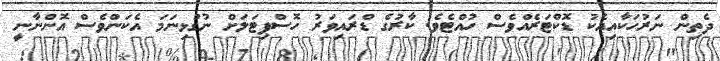
ދެތިން ނަރުހަކާއިއެކު ޑޮކްޓަރެއްވެސް ހުއްޓެވެ. ކާރުގެ ޑްރައިވަރު ހޮސްޕިޓަލަށް ނުގުޅިނަމަ އެކަންވެސް އޮންނާނީ